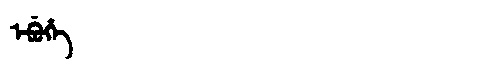
Manchu: ᡝᠪᡠᡥᡝ
Romanization: EBUHE